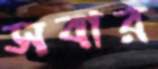
সবার